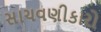
સાચવણીકારો